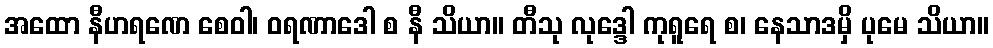
အထော နီဟရဏေ စေဝါ၊ ဝရဏာဒေါ စ နီ သိယာ။ တီသု လုဒ္ဒေါ ကုရူရေ စ၊ နေသာဒမှိ ပုမေ သိယာ။